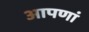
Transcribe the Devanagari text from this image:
आपणां